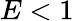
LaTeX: E<1